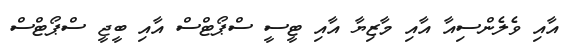
އާއި ވެލެންސިއާ އާއި މާޒިޔާ އާއި ޓީސީ ސްޕޯޓްސް އާއި ބީޖީ ސްޕޯޓްސް